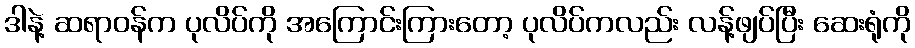
ဒါနဲ့ ဆရာဝန်က ပုလိပ်ကို အကြောင်းကြားတော့ ပုလိပ်ကလည်း လန့်ဖျပ်ပြီး ဆေးရုံကို